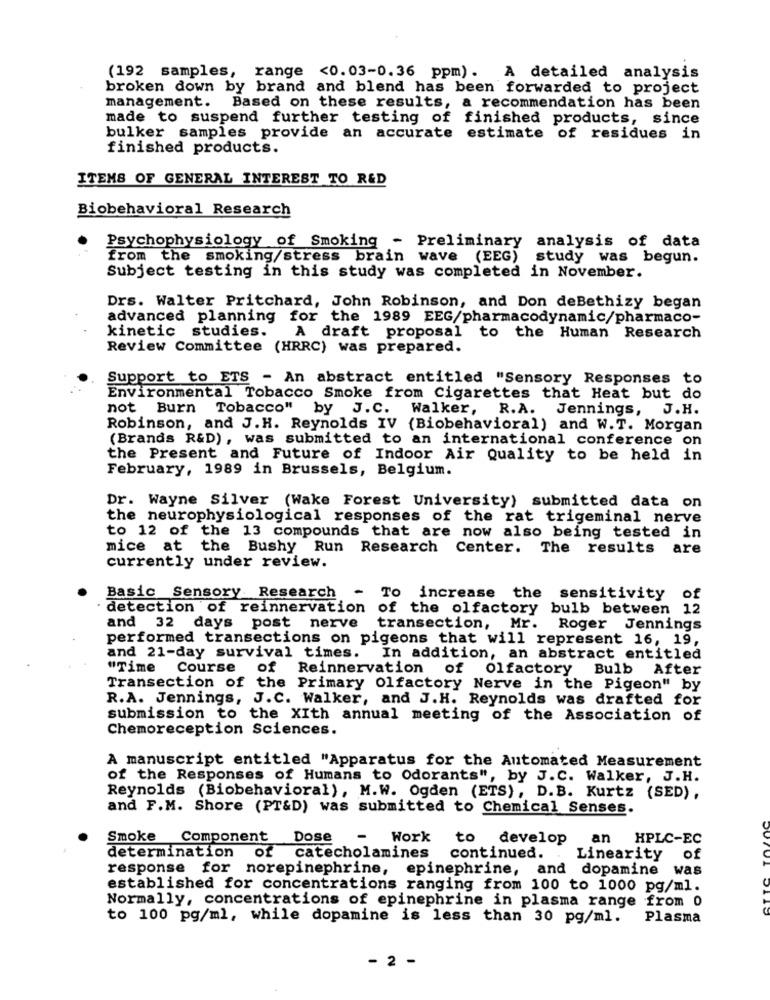
(192 samples, range <0.03-0.36 ppm). A detailed analysis
broken down by brand and blend has been forwarded to project
management. Based on these results, a recommendation has been
made to suspend further testing of finished products, since
bulker samples provide an accurate estimate of residues in
finished products.
ITEMS OF GENERAL INTEREST TO R&D
Biobehavioral Research
Psychophysiology of Smoking - Preliminary analysis of data
from the smoking/stress brain wave
(EEG) study was begun.
Subject testing in this study was completed in November.
Drs. Walter Pritchard, John Robinson, and Don deBethizy began
advanced planning for the 1989 EEG/pharmacodynamic/pharmaco-
kinetic studies.
A draft proposal to the Human Research
Review Committee (HRRC) was prepared.
Support to ETS - An abstract entitled "Sensory Responses to
Environmental Tobacco Smoke from Cigarettes that Heat but do
not Burn Tobacco" by J.C. Walker, R.A. Jennings, J.H.
Robinson, and J.H. Reynolds IV (Biobehavioral) and W.T. Morgan
(Brands R&D), was submitted to an international conference on
the Present and Future of Indoor Air Quality to be held in
February, 1989 in Brussels, Belgium.
Dr. Wayne Silver (Wake Forest University) submitted data on
the neurophysiological responses of the rat trigeminal nerve
to 12 of the 13 compounds that are now also being tested in
mice at the Bushy Run Research Center. The results are
currently under review.
Basic Sensory Research - To increase the sensitivity of
detection of reinnervation of the olfactory bulb between 12
and 32 days post nerve transection, Mr. Roger Jennings
performed transections on pigeons that will represent 16, 19,
and 21-day survival times. In addition, an abstract entitled
"Time Course of Reinnervation of olfactory Bulb After
Transection of the Primary Olfactory Nerve in the Pigeon" by
R.A. Jennings, J.C. Walker, and J.H. Reynolds was drafted for
submission to the XIth annual meeting of the Association of
Chemoreception Sciences.
A manuscript entitled "Apparatus for the Automated Measurement
of the Responses of Humans to Odorants", by J.C. Walker, J.H.
Reynolds (Biobehavioral), M.W. Ogden (ETS), D.B. Kurtz (SED),
and F.M. Shore (PT&D) was submitted to Chemical Senses.
Smoke
Component Dose
-
Work
to
develop
an HPLC-EC
determination
of catecholamines continued.
Linearity
of
response for norepinephrine, epinephrine, and dopamine was
established for concentrations ranging from 100 to 1000 pg/ml.
Normally, concentrations of epinephrine in plasma range from 0
to 100 pg/ml, while dopamine is less than 30 pg/ml. Plasma
- 2 -